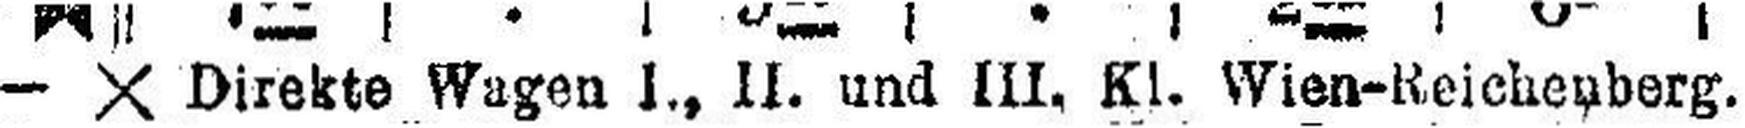
— X Direkte Wagen I., II. und III. Kl. Wien-Reichenberg.